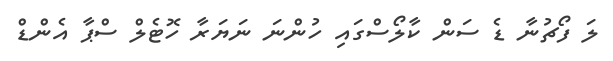
ލަ ފޯޗުނާ ޑެ ސަން ކާލޯސްގައި ހުންނަ ނަޔަރާ ހޮޓެލް ސްޕާ އެންޑް